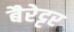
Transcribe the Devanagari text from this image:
बैरेट्टर